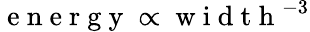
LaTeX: \mathrm{~e~n~e~r~g~y~}\propto\mathrm{~w~i~d~t~h~}^{-3}